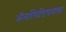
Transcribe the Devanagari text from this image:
ॲनालिटिक्सचा